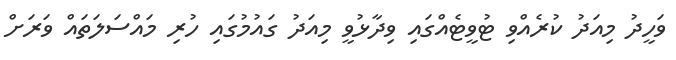
ވަހީދު މިއަދު ކުރެއްވި ޓުވީޓެއްގައި ވިދާޅުވީ މިއަދު ގައުމުގައި ހުރި މައްސަލަތައް ވަރަށް